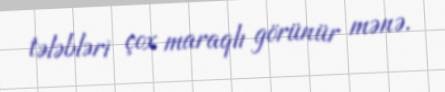
tələbləri çox maraqlı görünür mənə.